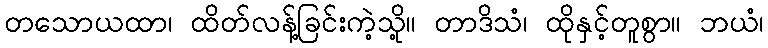
တသောယထာ၊ ထိတ်လန့်ခြင်းကဲ့သို့။ တာဒိသံ၊ ထိုနှင့်တူစွာ။ ဘယံ၊